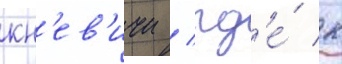
кн'ев'ичи / гд'е́ к